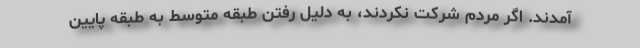
آمدند. اگر مردم شرکت نکردند، به دلیل رفتن طبقه متوسط به طبقه پایین